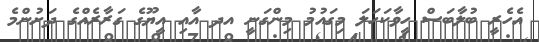
އެހެރީ ބުލާބަސް ހީވާކަހަލަ މިގައުމު މިންގަނީ އދ އާއި އީޔޫގެ ގަރާރެއްގެ ދަށުންމެ